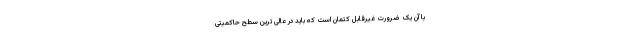
با آن یک ضرورت غیرقابل کتمان است که باید در عالی ترین سطح حاکمیتی